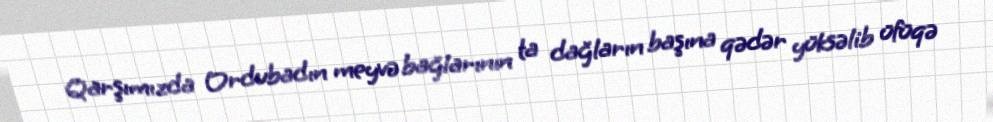
Qarşımızda Ordubadın meyvə bağlarının ta dağların başına qədər yüksəlib üfüqə